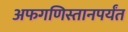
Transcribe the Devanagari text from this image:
अफगणिस्तानपर्यंत